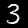
Label: 3